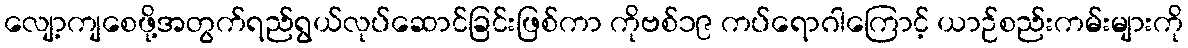
လျော့ကျစေဖို့အတွက်ရည်ရွယ်လုပ်ဆောင်ခြင်းဖြစ်ကာ ကိုဗစ်၁၉ ကပ်ရောဂါကြောင့် ယာဉ်စည်းကမ်းများကို